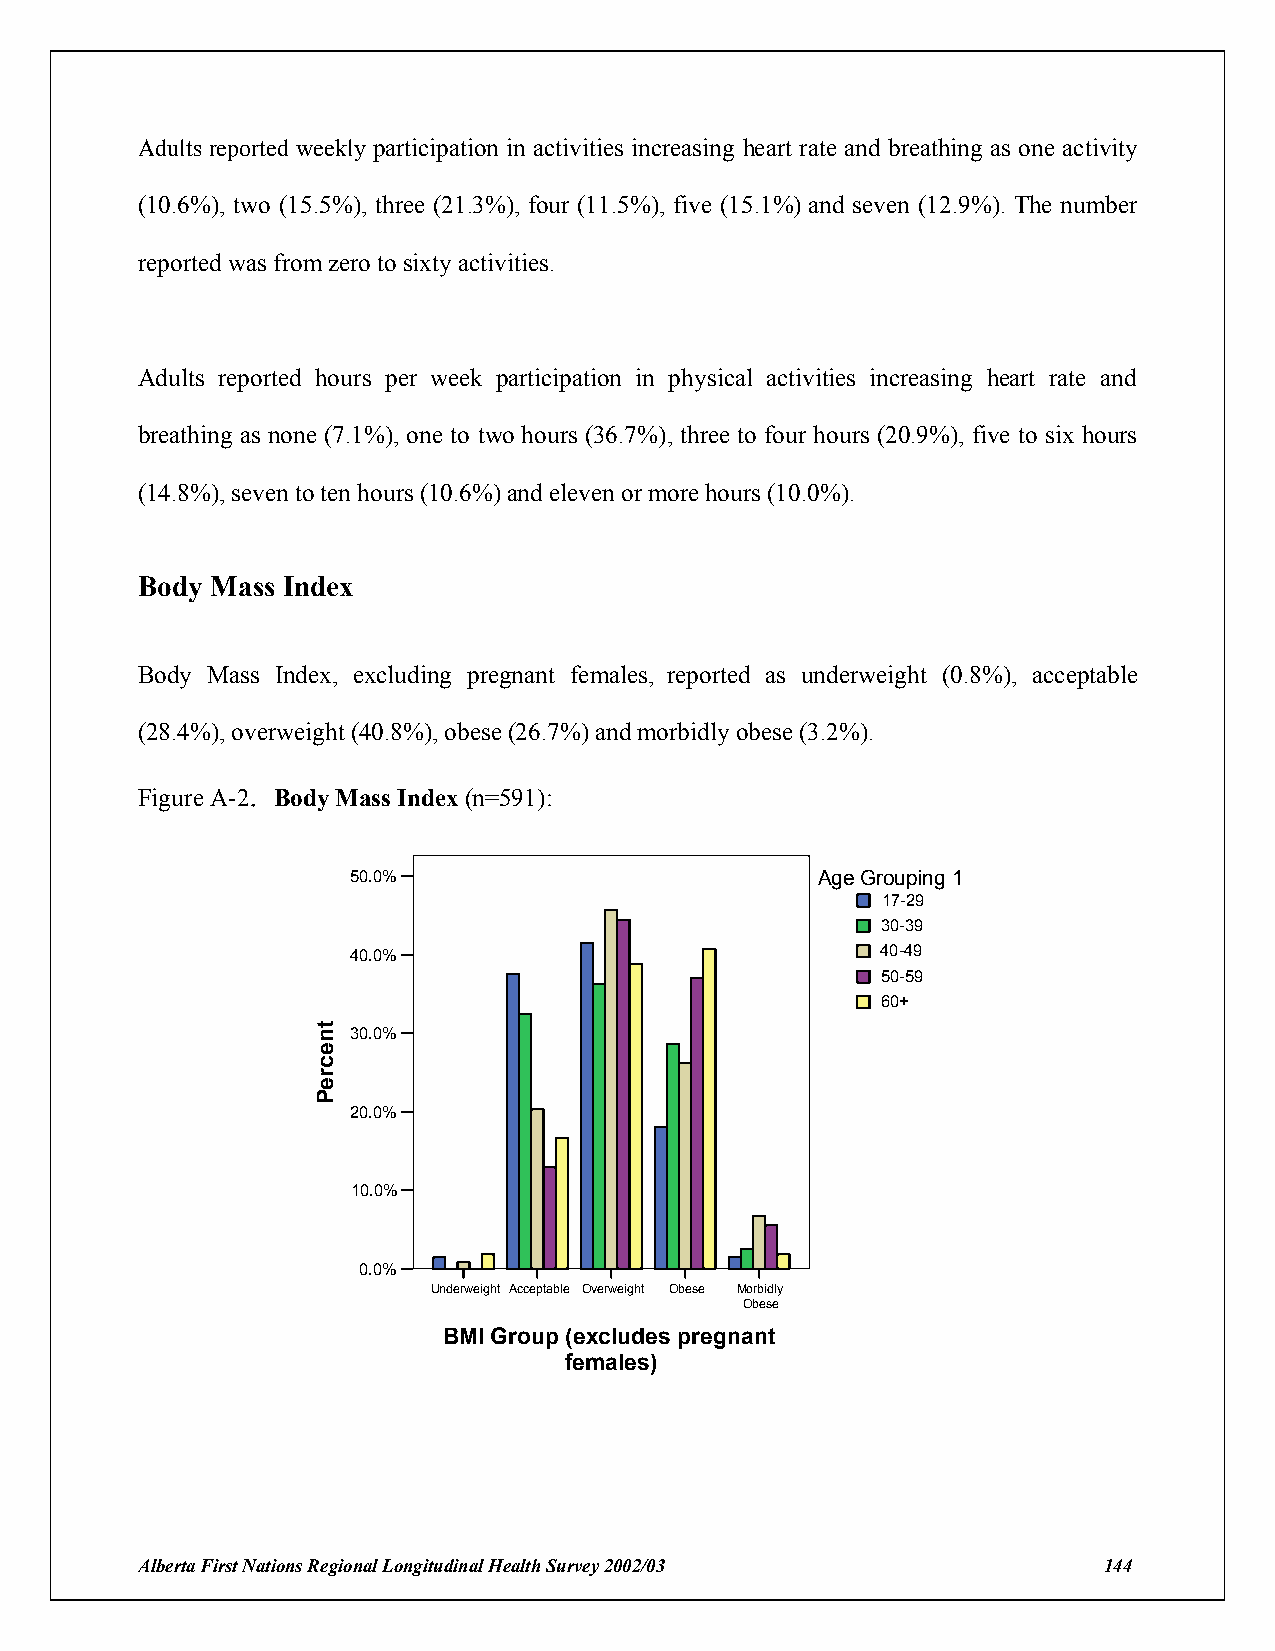
Adults reported weekly participation in activities increasing heart rate and breathing as one activity
 (10.6%), two (15.5%), three (21.3%), four (11.5%), five (15.1%) and seven (12.9%). The number
 reported was from zero to sixty activities.
 Adults reported hours per week participation in physical activities increasing heart rate and
 breathing as none (7.1%), one to two hours (36.7%), three to four hours (20.9%), five to six hours
 (14.8%), seven to ten hours (10.6%) and eleven or more hours (10.0%).
 Body Mass Index
 Body Mass Index, excluding pregnant females, reported as underweight (0.8%), acceptable
 (28.4%), overweight (40.8%), obese (26.7%) and morbidly obese (3.2%).
 .
 Figure A-2 Body Mass Index (n=591):
 50.0%                          Age Grouping 1
 17-29
 30-39
 40.0%                              40-49
 50-59
 60+
 30.0%
 20.0%
 10.0%
 0.0%
 Underweight Acceptable Overweight Obese Morbidly
 Obese
 BMI Group (excludes pregnant
 females)
 Alberta First Nations Regional Longitudinal Health Survey 2002/03 144
 tnecreP